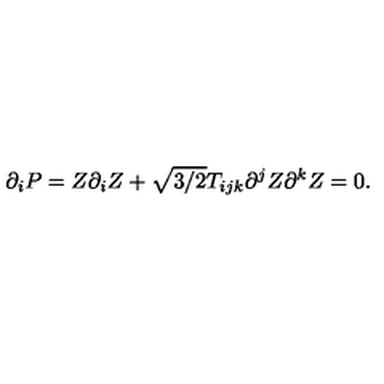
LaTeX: \partial _ { i } P = Z \partial _ { i } Z + \sqrt { 3 / 2 } T _ { i j k } \partial ^ { j } Z \partial ^ { k } Z = 0 .